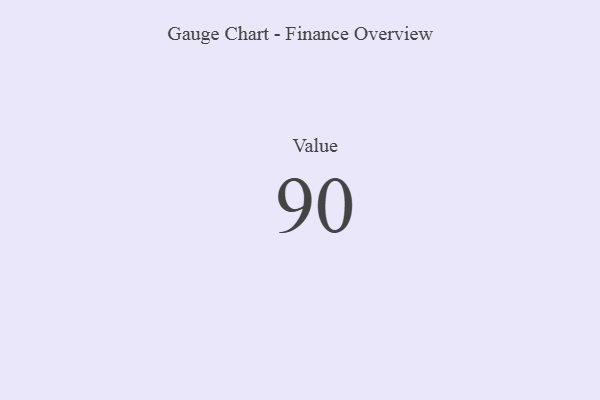
{"axis": {"x": "Metric", "y": "Value"}, "legend": [""], "data": [{"x": "Value", "y": 90, "type": ""}]}